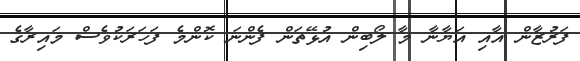
ފަރުޒާން އާއި އަޔާނާ މާ ލޯބިން އުޅޭތަން ފެންނަ ކޮންމެ ފަހަރަކުވެސް މައިރާގެ